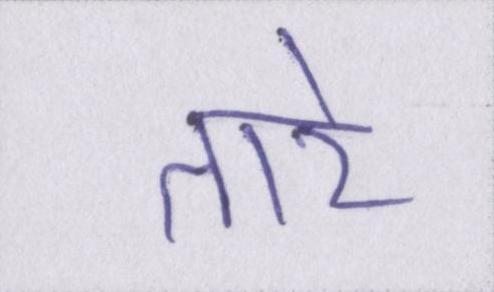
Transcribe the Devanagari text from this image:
तारे